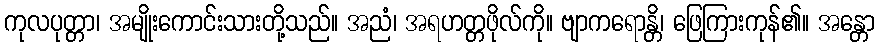
ကုလပုတ္တာ၊ အမျိုးကောင်းသားတို့သည်။ အညံ၊ အရဟတ္တဖိုလ်ကို။ ဗျာကရောန္တိ၊ ဖြေကြားကုန်၏။ အန္တော